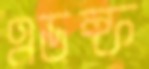
এডল্ফ